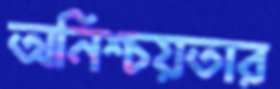
অনিশ্চয়তার